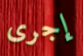
إجرى